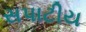
સપાટીય